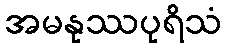
အမနုဿပုရိသံ